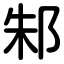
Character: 邾